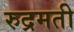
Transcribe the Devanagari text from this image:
रुद्रमती